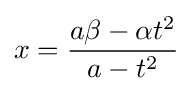
x={\frac {a\beta -\alpha t^{2}}{a-t^{2}}}